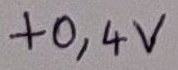
Text: +0,4V